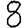
Digit: 8